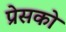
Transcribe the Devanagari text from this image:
प्रेसको